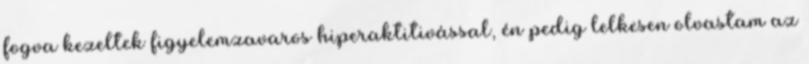
fogva kezeltek figyelemzavaros hiperaktitivással, én pedig lelkesen olvastam az